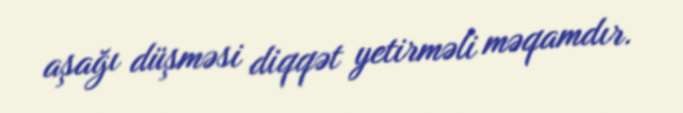
aşağı düşməsi diqqət yetirməli məqamdır.